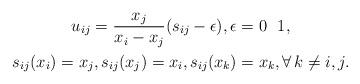
LaTeX: \begin{gather*}u_{ij}={x_j \over x_i-x_j } (s_{ij}-\epsilon), \epsilon=0 \ \ 1, \\ s_{ij}(x_i)=x_j, s_{ij}(x_{j})=x_i, s_{ij}(x_k)=x_k, \forall \, k \not= i,j.\end{gather*}